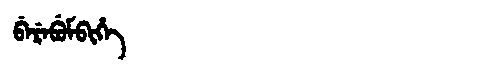
Manchu: ᠪᡝᡵᡝᠪᡠᠮᠪᡳᡥᡝ
Romanization: BEREBUMBIHE